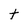
Character: h